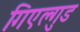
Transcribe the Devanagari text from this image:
गिएल्गुड